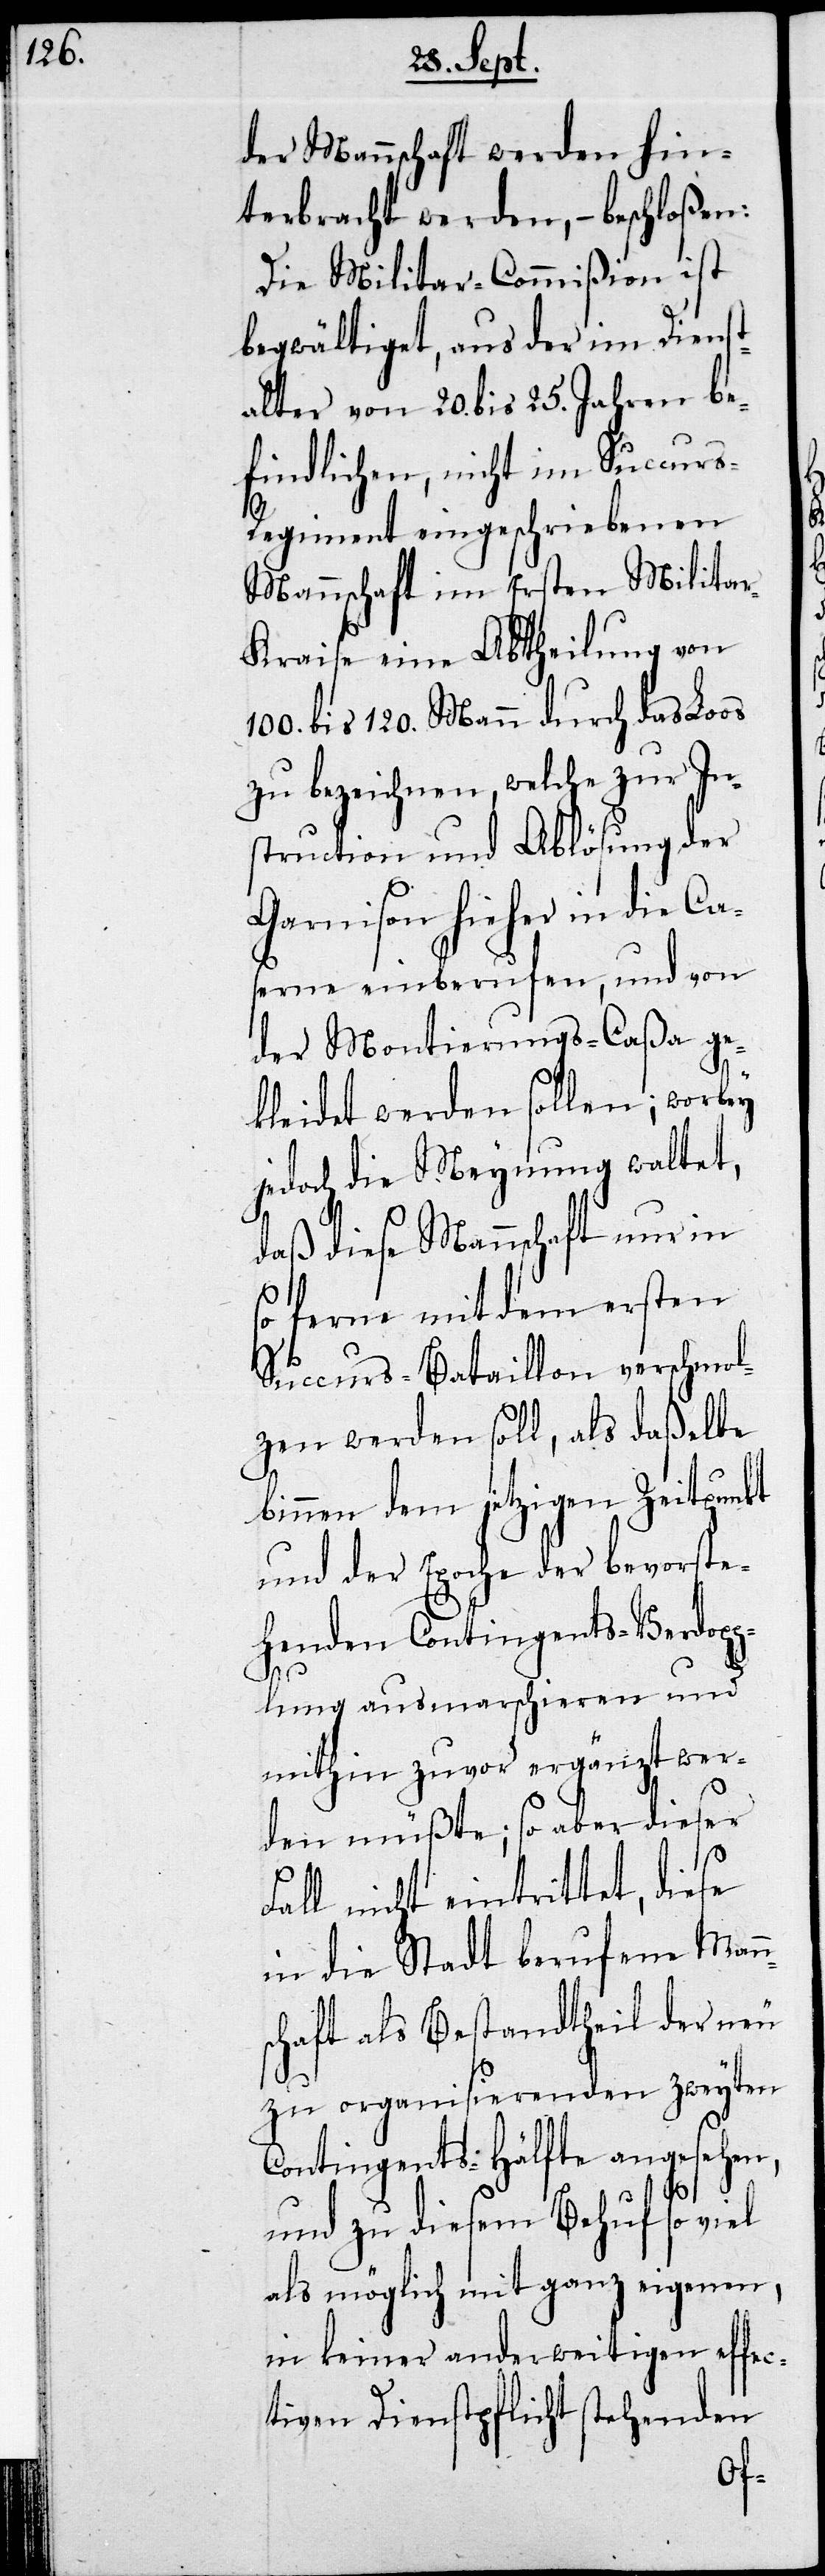
der Mannschaft werden hin¬
terbracht werden, – beschloßen:
Die Militar-Commißion ist
begwältiget, aus der im Dienst¬
alter von 20. bis 25. Jahren be¬
findlichen, nicht im Succur¬
s-Regiment eingeschriebenen
Mannschaft im ersten Milita¬
r-Krais eine Abtheilung von
100. bis 120. Mann durch das Loos
zu bezeichnen, welche zur In¬
struction und Ablösung der
Garnison hieher in die
serne einberufen, und von
der Montierungs-Caßa ge¬
kleidet werden sollen; worbey
jedoch die Meynung waltet,
daß diese Mannschaft nur in
so ferne mit dem ersten
Succurs-Bataillon verschmol¬
zen werden soll, als daßelbe
binnen dem jetzigen Zeitpunkt
und der Epoche der bevorste¬
henden Contingents-Verdop¬
pe¬
lung ausmarschieren und
mithin zuvor ergänzt wer¬
den müßte; so aber dieser
Fall nicht eintrittet, diese
in die Stadt berufene Mann¬
schaft als Bestandtheil der neu
zu organisierenden zweyten
Contingents-Hälfte angesehen,
und zu diesem Behuf so viel
als möglich mit ganz eigenen,
in keiner anderweitigen effec¬
tiven Dienstpflicht stehenden